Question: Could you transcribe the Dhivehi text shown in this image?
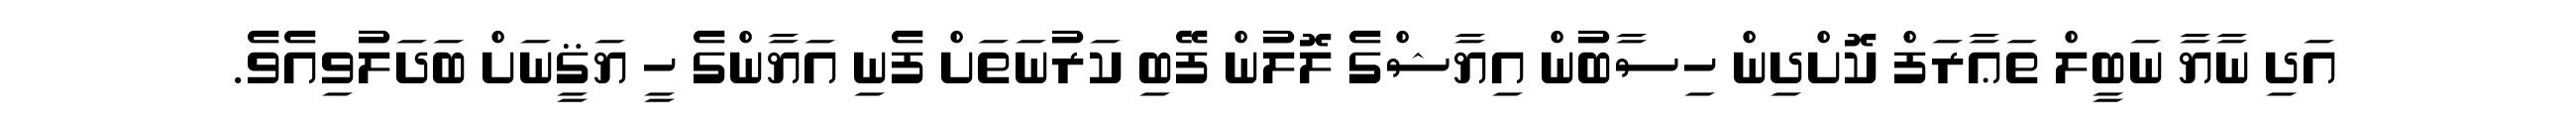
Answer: އަދި ނާޔާ ނަބީލް ތަޢާރަފް ކޮށްދިން ހިސާބުން އިޔާޝްގެ ލޮލުން ފޭބި ކަރުނަތަށް ފެނި އަޔާންގެ ހީ ޔަޤީނަށް ބަދަލުވިއެވެ.